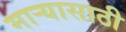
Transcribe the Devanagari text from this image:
माऱ्यासाठी